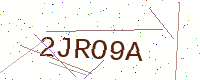
Text: 2JRO9A